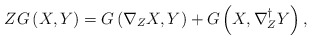
\begin{align*}ZG\left( X,Y\right) =G\left( \nabla _{Z}X,Y\right) +G\left( X,\nabla_{Z}^{\dag }Y\right) , \end{align*}